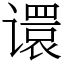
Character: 𫍽